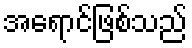
အရောင်ဖြစ်သည်